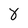
Character: 8